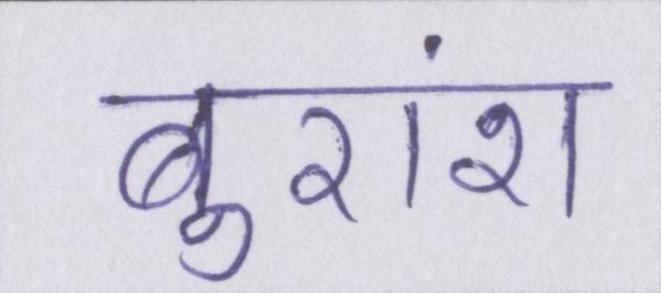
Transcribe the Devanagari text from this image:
बुरांश